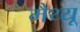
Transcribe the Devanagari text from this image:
मैथ्‍यू